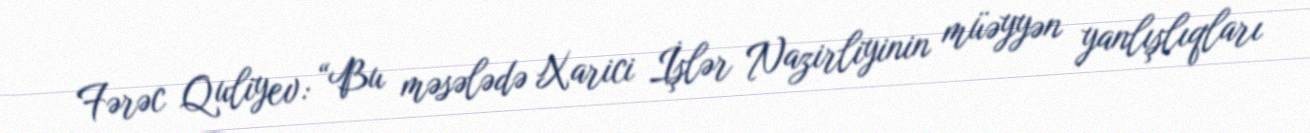
Fərəc Quliyev: “Bu məsələdə Xarici İşlər Nazirliyinin müəyyən yanlışlıqları